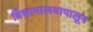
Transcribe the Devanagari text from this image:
विश्रामालयापासून